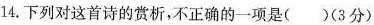
14.下列对这首诗的赏析，不正确的一项是( )(3分)